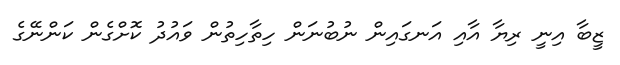
ޒީބާ އިނީ ރިޔާ އާއި އަނގައިން ނުބުނަން ހިތާހިތުން ވައުދު ކޮށްގެން ކަންނޭގެ